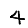
Digit: 4